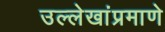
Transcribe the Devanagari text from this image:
उल्लेखांप्रमाणे